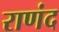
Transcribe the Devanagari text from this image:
राणंद